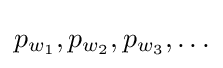
p_{w_{1}},p_{w_{2}},p_{w_{3}},\ldots